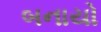
બનાયો